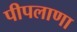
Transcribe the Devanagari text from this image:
पीपलाणा